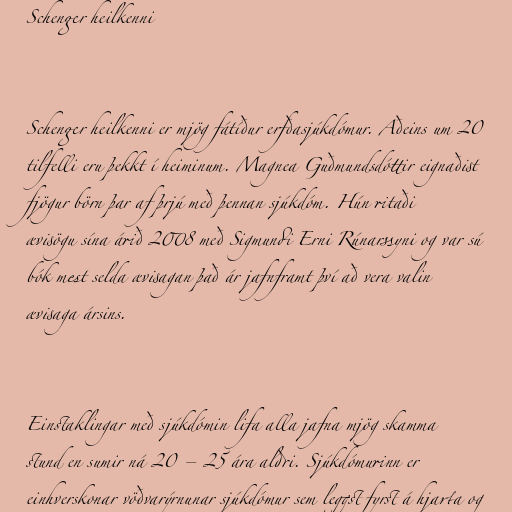
Schenger heilkenni

Schenger heilkenni er mjög fátíður erfðasjúkdómur. Aðeins um 20
tilfelli eru þekkt í heiminum. Magnea Guðmundsdóttir eignaðist
fjögur börn þar af þrjú með þennan sjúkdóm. Hún ritaði
ævisögu sína árið 2008 með Sigmundi Erni Rúnarssyni og var sú
bók mest selda ævisagan það ár jafnframt því að vera valin
ævisaga ársins.

Einstaklingar með sjúkdómin lifa alla jafna mjög skamma
stund en sumir ná 20 – 25 ára aldri. Sjúkdómurinn er
einhverskonar vöðvarýrnunar sjúkdómur sem leggst fyrst á hjarta og